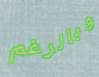
وبالرغم